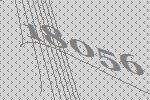
18056